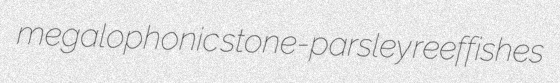
megalophonic stone-parsley reeffishes